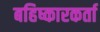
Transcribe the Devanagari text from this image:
बहिष्कारकर्ता